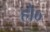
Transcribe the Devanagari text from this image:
हो०